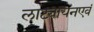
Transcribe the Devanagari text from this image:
लाट्यायनएवं